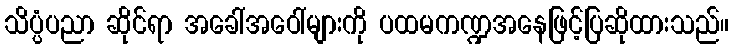
သိပ္ပံပညာ ဆိုင်ရာ အခေါ်အဝေါ်များကို ပထမကဏ္ဍအနေဖြင့်ပြဆိုထားသည်။